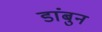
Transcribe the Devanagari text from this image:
डांबुन